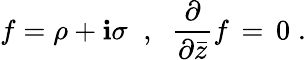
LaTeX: f=\rho+\mathbf{i}\sigma\; \; ,\; \; \frac{{\partial}}{{\partial{\bar{{z}}}}}f\, =\, 0\; .